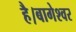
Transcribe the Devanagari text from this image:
है।बागेश्वर